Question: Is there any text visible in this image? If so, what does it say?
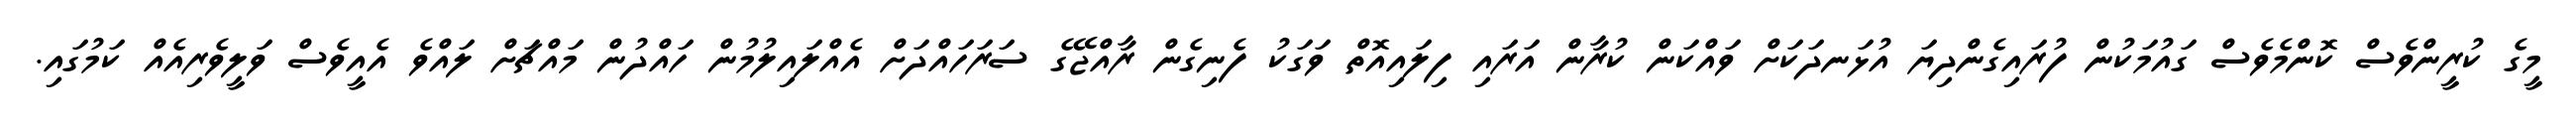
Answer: މީގެ ކުރީންވެސް ކޮންމެވެސް ގައުމަކުން ފުރައިގެންދިޔަ އުޅަނދަކަށް ވައްކަން ކުރާން އަރައި ފިލައިއޮތް ވަގަކު ފެނިގެން ރާއްޖޭގެ ސަރަހައްދަށް އެއްލައިލުމުން ހައްދުން މައްޗަށް ލައްވެ އެއީވެސް ވަލީވެރިއެއް ކަމުގައި.